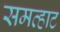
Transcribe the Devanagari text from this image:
समव्हाट